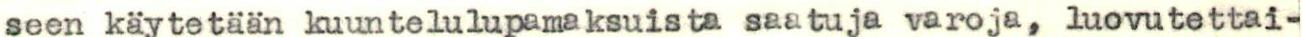
seen käytetään kuuntelulupamaksuista saatuja varoja, luovutettai-